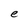
Character: e